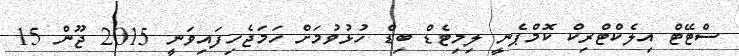
ސްޓޭޓް އިލެކްޓްރިކް ކޮމްޕެނީ ލިމިޓެޑް ބިޑް ހުޅުވުމަށް ހަމަޖެހިފައިވަނީ 2015 ޖޫން 15